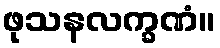
ဖုသနလက္ခဏံ။